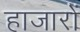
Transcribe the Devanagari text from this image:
हाजारों